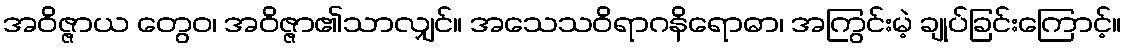
အဝိဇ္ဇာယ တွေဝ၊ အဝိဇ္ဇာ၏သာလျှင်။ အသေသဝိရာဂနိရောဓာ၊ အကြွင်းမဲ့ ချုပ်ခြင်းကြောင့်။